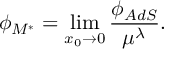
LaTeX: \phi _ { \cal M ^ { * } } = \operatorname * { l i m } _ { x _ { 0 } \to 0 } { \frac { \phi _ { A d S } } { \mu ^ { \lambda } } } .